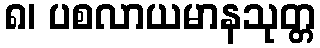
၈၊ ပစလာယမာနသုတ္တ